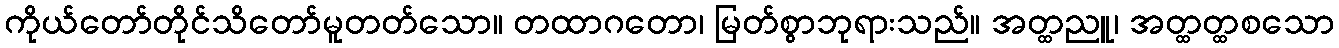
ကိုယ်တော်တိုင်သိတော်မူတတ်သော။ တထာဂတော၊ မြတ်စွာဘုရားသည်။ အတ္ထညူ၊ အတ္ထတ္ထစသော